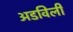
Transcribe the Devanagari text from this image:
अडविली